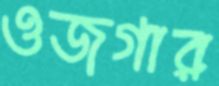
ওজগার